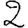
Digit: 2